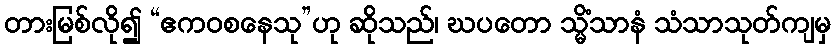
တားမြစ်လို၍ “ဧကဝစနေသု”ဟု ဆိုသည်၊ ဃပတော သ္မိံသာနံ သံသာသုတ်ကျမှ